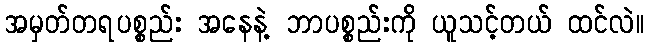
အမှတ်တရပစ္စည်း အနေနဲ့ ဘာပစ္စည်းကို ယူသင့်တယ် ထင်လဲ။